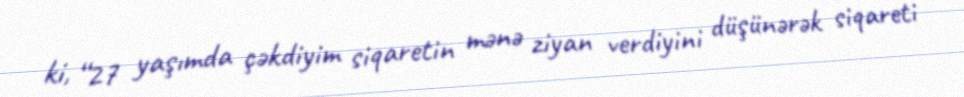
ki, “27 yaşımda çəkdiyim siqaretin mənə ziyan verdiyini düşünərək siqareti